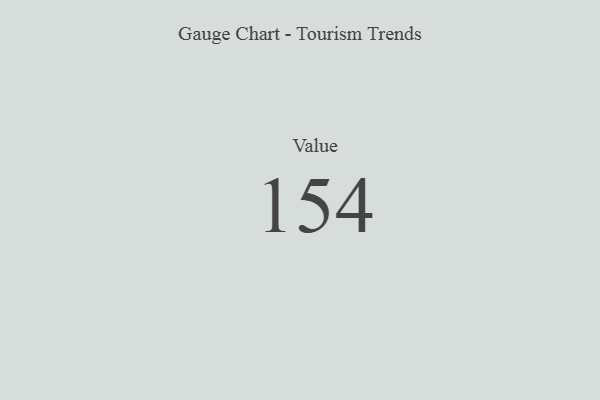
{"axis": {"x": "Metric", "y": "Value"}, "legend": [""], "data": [{"x": "Value", "y": 154, "type": ""}]}